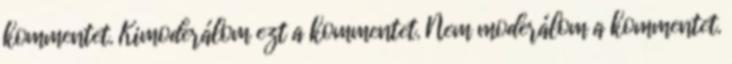
kommentet. Kimoderálom ezt a kommentet. Nem moderálom a kommentet.